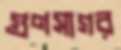
গুণসাগর